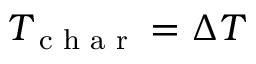
T _ { \textrm { c h a r } } = \Delta T